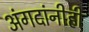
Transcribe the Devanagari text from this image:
अंगदांनीही